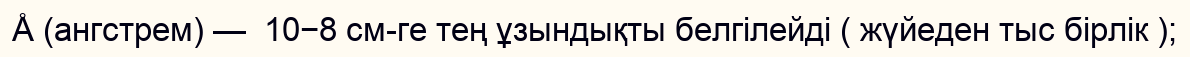
Å (ангстрем) —  10−8 см-ге тең ұзындықты белгілейді ( жүйеден тыс бірлік );